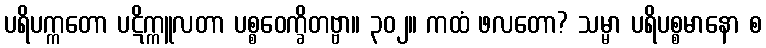
ပရိပက္ကတော ပဋိက္ကူလတာ ပစ္စဝေက္ခိတဗ္ဗာ။ ၃၀၂။ ကထံ ဖလတော? သမ္မာ ပရိပစ္စမာနော စ